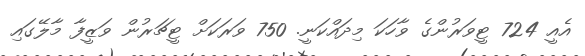
އެއީ 724 ޓީވަރުންގެ ވާހަކަ މިދައްކަނީ. 750 ވަރަކަށް ޓީޗަރުން ވަޒީފާ މާލޭގައި